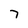
Character: 7